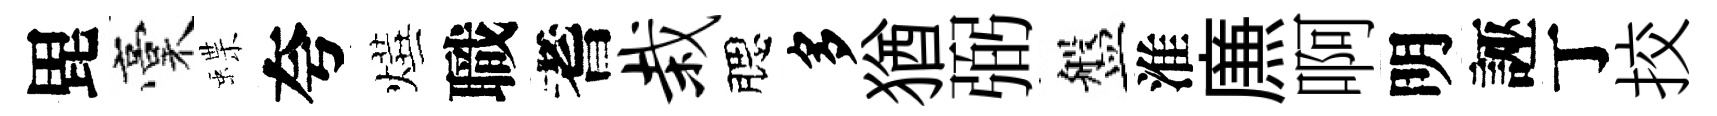
毘稾蝶夸燁職耆栽腮多猶弼盤淮㢘啊明誣丁挍